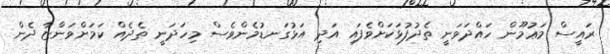
ރައީސް މަޢުމޫން ހައްދަވަނީ ތެދުފުޅަކަށްވެފައި އަދި އަޅުގަނޑުމެންވެސް މިހަދަނީ ތެދެއް ކަމަށްވަންޏާ ދެން